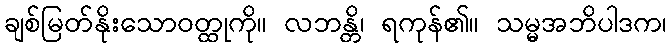
ချစ်မြတ်နိုးသောဝတ္ထုကို။ လဘန္တိ၊ ရကုန်၏။ သမ္မအဘိပါဒက၊